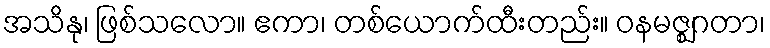
အသိနု၊ ဖြစ်သလော။ ဧကာ၊ တစ်ယောက်ထီးတည်း။ ဝနမဇ္ဈဂတာ၊